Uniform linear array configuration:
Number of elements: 4
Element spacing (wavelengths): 1
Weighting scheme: hann
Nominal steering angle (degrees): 45
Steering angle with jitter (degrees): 43.135
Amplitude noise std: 0.05
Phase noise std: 0.05

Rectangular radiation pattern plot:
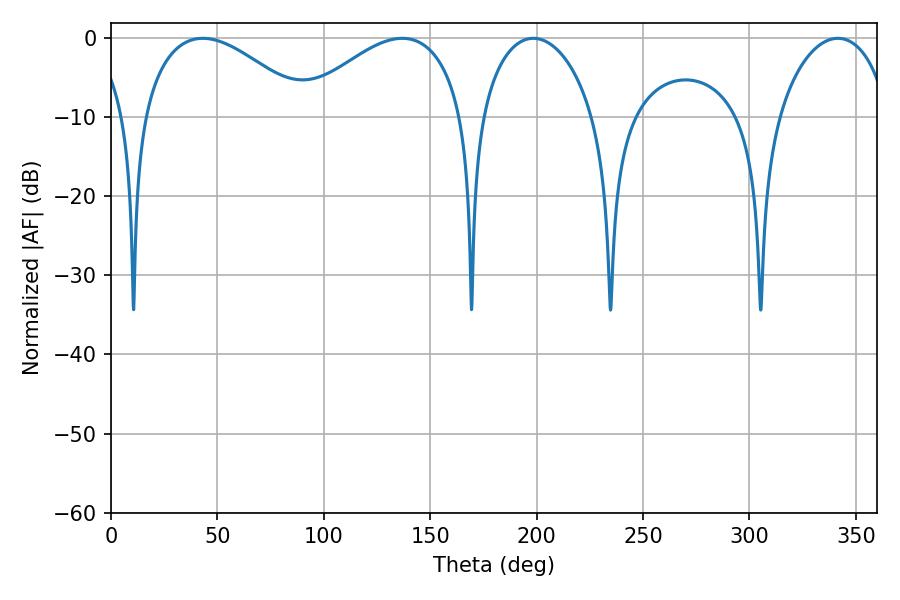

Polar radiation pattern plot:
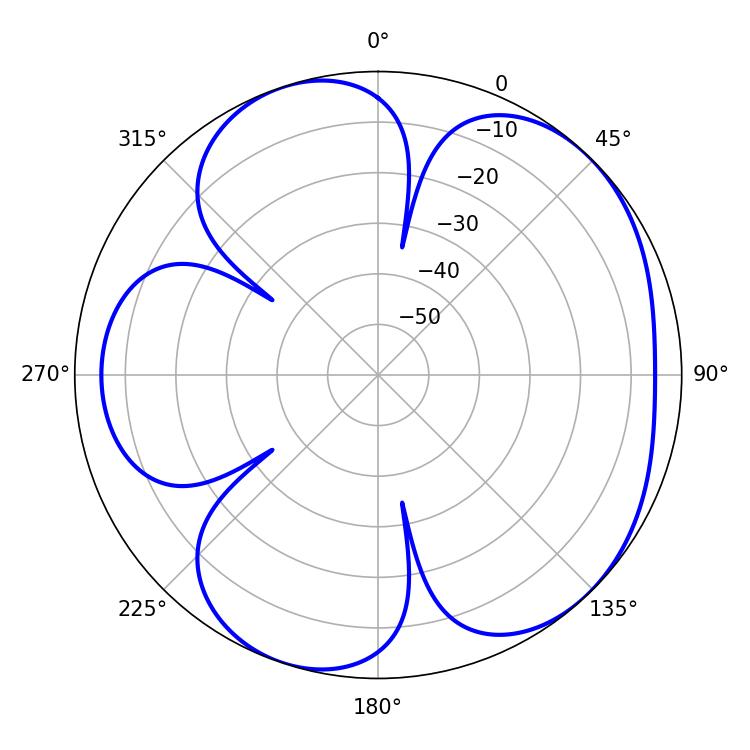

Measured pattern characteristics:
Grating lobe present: TRUE
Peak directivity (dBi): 5.158
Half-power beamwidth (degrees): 43.2
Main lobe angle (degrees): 43.2